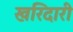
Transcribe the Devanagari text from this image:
खरिदारी